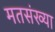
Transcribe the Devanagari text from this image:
मतसंख्या